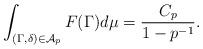
LaTeX: \begin{align*}\int_{(\Gamma,\delta)\in \mathcal{A}_p}F(\Gamma)d\mu = \frac{C_p}{1-p^{-1}}.\end{align*}